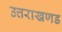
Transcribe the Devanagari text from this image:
उत्तराखणड